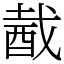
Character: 酨